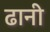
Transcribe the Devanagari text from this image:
ढानी